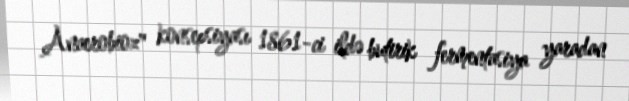
Anaerobioz" konsepsiyası 1861-ci ildə butirik fermentasiya yaradan